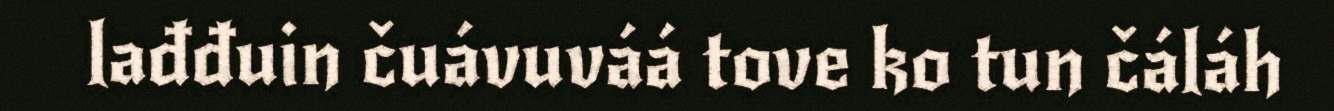
lađđuin čuávuváá tove ko tun čáláh